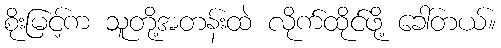
စိုးမြင့်က သူတို့အတန်းထဲ လိုက်ထိုင်ဖို့ ခေါ်တယ်။